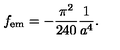
f _ { \mathrm { e m } } = - { \frac { \pi ^ { 2 } } { 2 4 0 } } { \frac { 1 } { a ^ { 4 } } } .